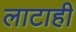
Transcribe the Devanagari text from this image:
लाटाही